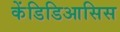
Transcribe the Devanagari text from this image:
केंडिडिआसिस